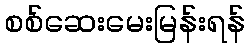
စစ်ဆေးမေးမြန်းရန်